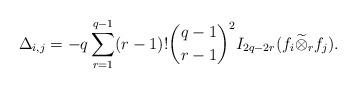
LaTeX: \begin{align*}\Delta_{i,j}=-q\sum_{r=1}^{q-1}(r-1)!\binom{q-1}{r-1}^2I_{2q-2r}(f_i\widetilde{\otimes}_rf_j).\end{align*}